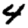
Digit: 4